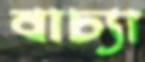
বাচ্যা